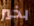
بخير